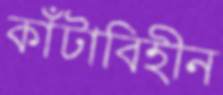
কাঁটাবিহীন